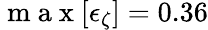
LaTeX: \mathrm{~m~a~x~}[\epsilon_{\zeta}]=0.36